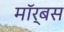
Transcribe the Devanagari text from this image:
मॉर्बस